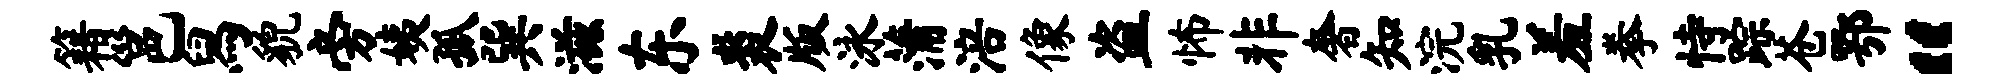
籍邕舄貌旁姨孤巽滋东裘版泳蒲涪像盗怖非奢知浣乳羞拳恃踪苍鄂“